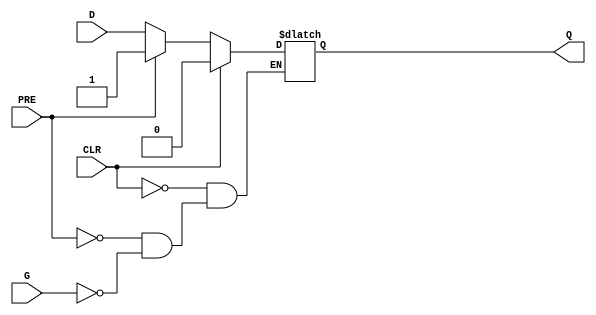
// $Header: /devl/xcs/repo/env/Databases/CAEInterfaces/xec_libs/data/unisims/LDCP.v,v 1.1 2005/05/10 01:20:06 wloo Exp $

/*

FUNCTION	: D-LATCH with async clear, async preset

*/

`celldefine
`timescale  100 ps / 10 ps

module LDCP (Q, CLR, D, G, PRE);

    parameter INIT = 1'b0;

    output Q;
    reg    Q;

    input  CLR, D, G, PRE;

	always @( CLR or PRE or D or G)
	    if (CLR)
		Q <= 0;
	    else if (PRE)
		Q <= 1;
	    else if (G)
		Q <= D;

endmodule